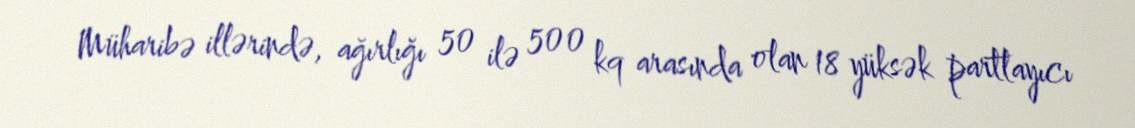
Müharibə illərində, ağırlığı 50 ilə 500 kq arasında olan 18 yüksək partlayıcı